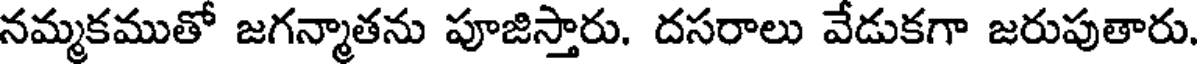
నమ్మకముతో జగన్మాతను పూజిస్తారు. దసరాలు వేడుకగా జరుపుతారు.